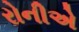
રોનીએ